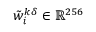
\tilde { w } _ { i } ^ { k \delta } \in \mathbb { R } ^ { 2 5 6 }